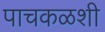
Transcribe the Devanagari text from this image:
पाचकळशी